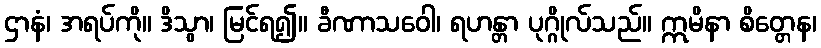
ဌာနံ၊ အရပ်ကို။ ဒိသွာ၊ မြင်ရ၍။ ခီဏာသဝေါ၊ ရဟန္တာ ပုဂ္ဂိုလ်သည်။ ဣမိနာ စိတ္တေန၊